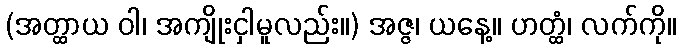
(အတ္ထာယ ဝါ၊ အကျိုးငှါမူလည်း။) အဇ္ဇ၊ ယနေ့။ ဟတ္ထံ၊ လက်ကို။